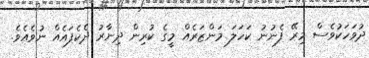
ދުވަހަކުވެސް މިރޭ ފެނުނު ކަހަލަ މަންޒަރެއް މީގެ ކުރިން ދިނާރު ދެކެފައެއް ނުވެއެވެ.